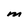
Character: m